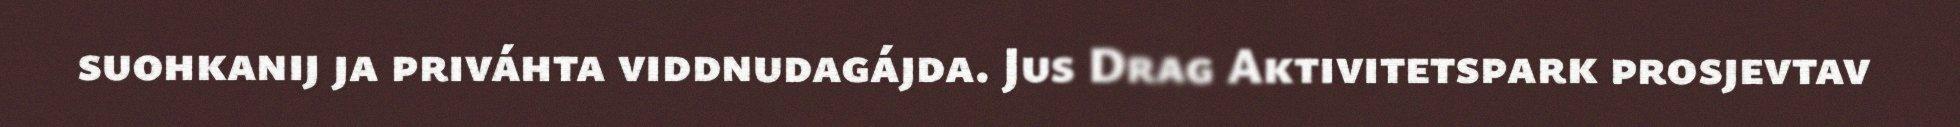
suohkanij ja priváhta viddnudagájda. Jus Drag Aktivitetspark prosjevtav